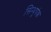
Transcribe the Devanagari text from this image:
सिन्धुपंक